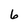
Character: 6